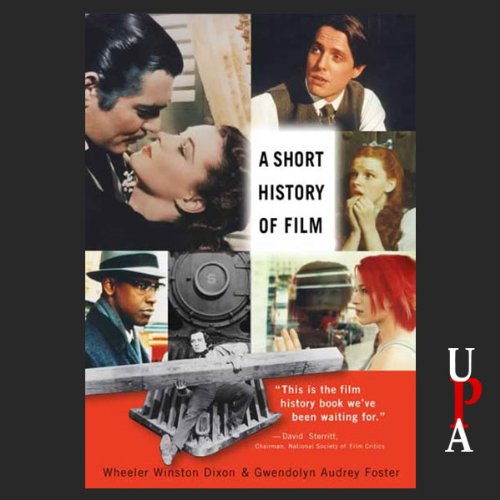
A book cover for A Short History of Film; Wheeler Winston Dixon; Humor & Entertainment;